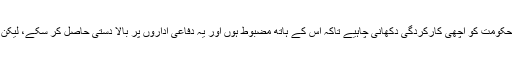
یہ بات بھی کی جاتی ہے کہ سول حکومت کو اچھی کارکردگی دکھانی چاہیے تاکہ اس کے ہاتھ مضبوط ہوں اور یہ دفاعی اداروں پر بالا دستی حاصل کر سکے، لیکن یہ بات کہنا آسان، کرنا مشکل ہے۔